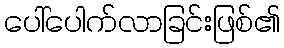
ပေါ်ပေါက်လာခြင်းဖြစ်၏